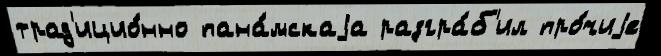
трад'ицио́нно пана́мскаjа разгра́б'ил про́чиjе